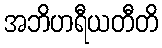
အဘိဟရီယတီတိ